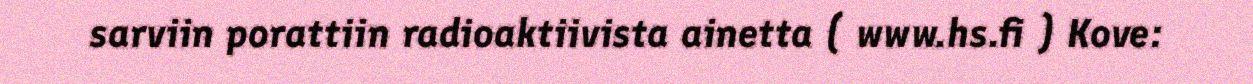
sarviin porattiin radioaktiivista ainetta ( www.hs.fi ) Kove: